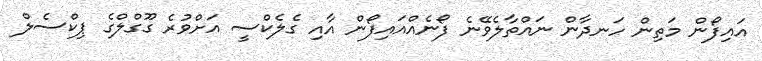
އައިފޯން މަތިން ހަނދާން ނައްތާލެވޭނެ ފޯނެއްއައިފޯން އާއި ގެލެކްސީ އަށްވުރެ ގޫގްލްގެ ޕިކްސެލް